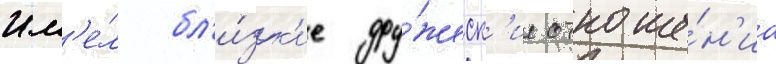
Им'е́л бл'и́зк'ие дру́жеск'ие отноше́н'иа